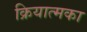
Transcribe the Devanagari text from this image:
क्रियात्मका